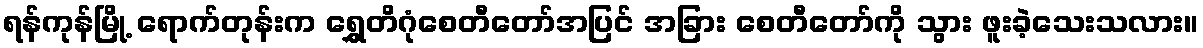
ရန်ကုန်မြို့ ရောက်တုန်းက ရွှေတိဂုံစေတီတော်အပြင် အခြား စေတီတော်ကို သွား ဖူးခဲ့သေးသလား။